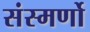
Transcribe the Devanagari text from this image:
संस्मर्णो